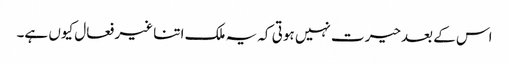
اس کے بعدحیرت نہیں ہوتی کہ یہ ملک اتنا غیر فعال کیوں ہے۔